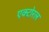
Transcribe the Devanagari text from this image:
एक्टोरल